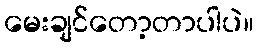
မေးချင်တော့တာပါပဲ။